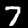
Digit: 7